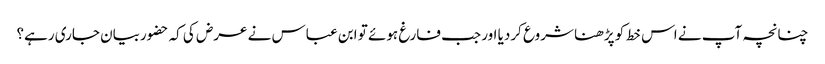
چنانچہ آپ نے اس خط کو پڑھنا شروع کردیا اور جب فارغ ہوئے تو ابن عباس نے عرض کی کہ حضوربیان جاری رہے؟